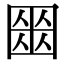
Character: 𡈍